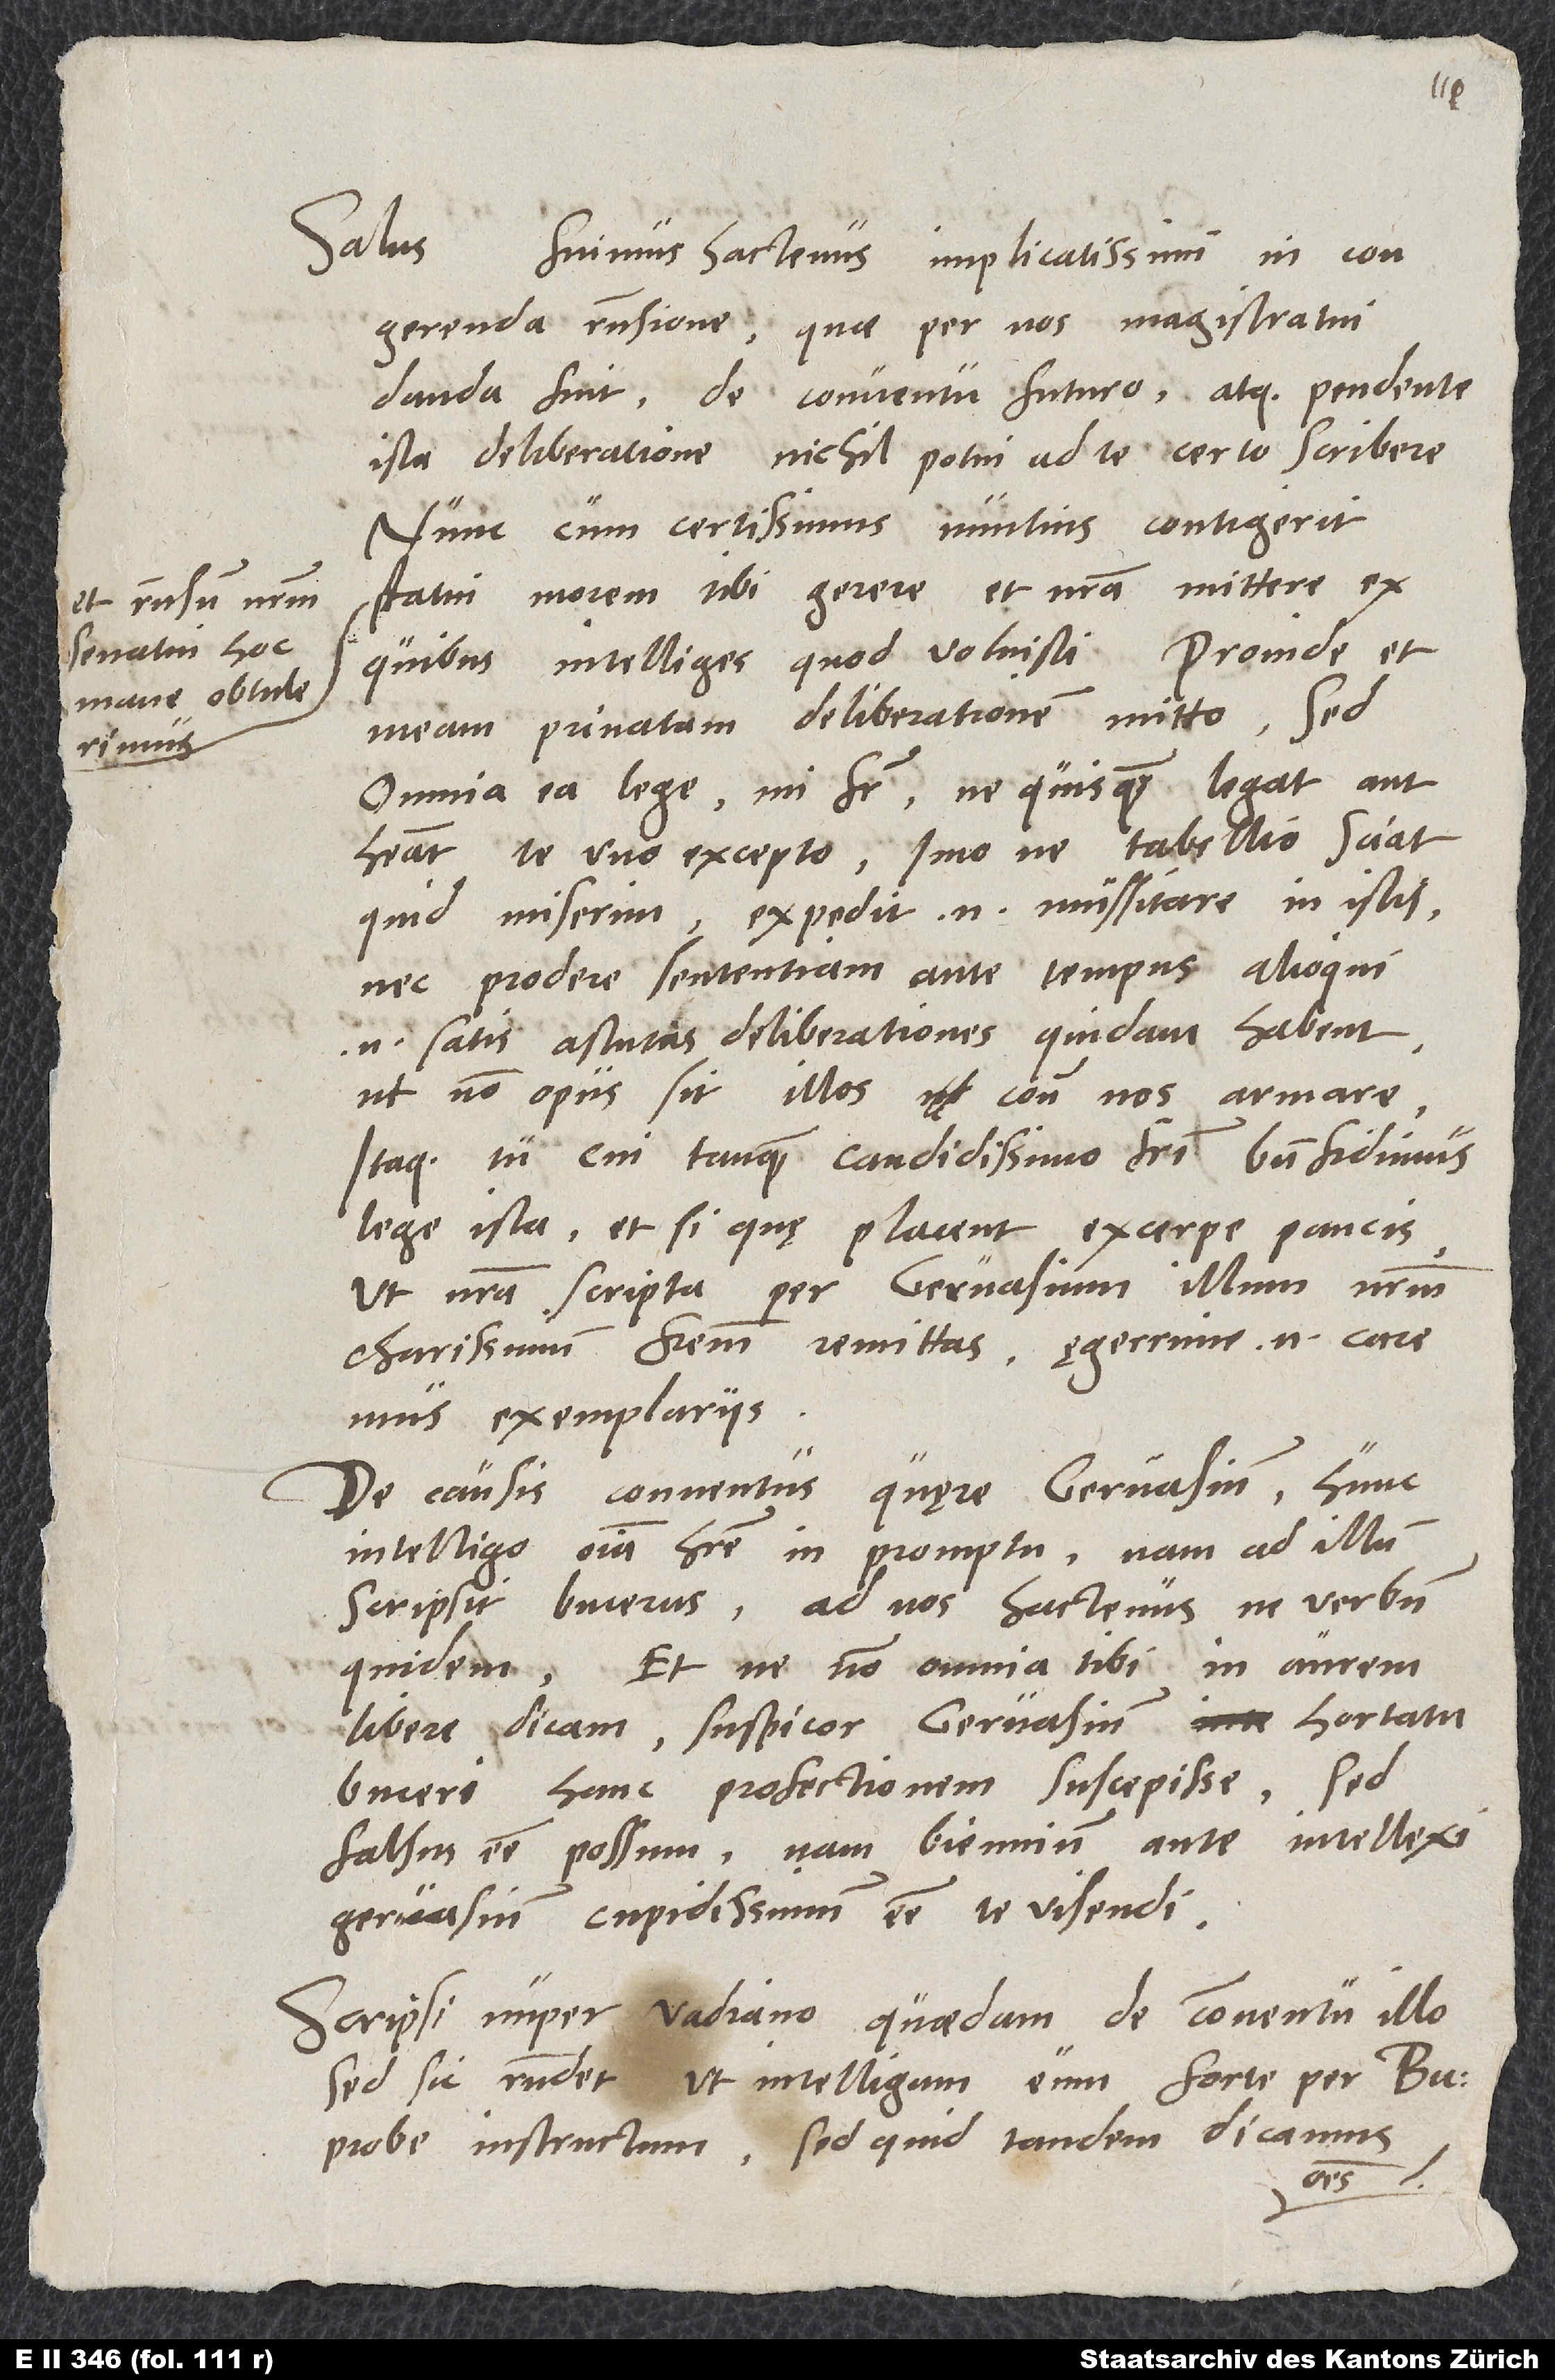
et responsum nostrum
senatui hoc
mane obtulerimus,

Salus.
Fuimus hactenus implicatissimi in congerenda
responsione, quae per nos magistratui
danda fuit de conventu futuro, atque pendente
ista deliberatione nichil potui ad te certo scribere.
Nunc, cum certissimus nuntius contigerit
statui morem tibi gerere et nostra mittere, ex
quibus intelliges, quod voluisti. Proinde et
meam privatam deliberationem mitto, sed
omnia ea lege, mi frater, ne quisquam legat aut
habeat te uno excepto, imo ne tabellio sciat,
quid miserim; expedit enim mussitare in istis
nec prodere sententiam ante tempus; alioqui
enim satis astutas deliberationes quidam habent,
ut non opus sit illos contra nos armare.
Itaque tu, cui tanquam candidissimo fratri bene fidimus,
lege ista et, si quę placent, excerpe paucis,
ut nostra scripta per Gervasium illum nostrum
charissimum fratrem remittas; ęgerrime enim caremus
exemplariis.
De causis conventus quęre Gervasium; hunc
intelligo omnia habere in promptu, nam ad illum
scripsit Bucerus, ad nos hactenus ne verbum
quidem. Et ne non omnia tibi in aurem
libere dicam, suspicor Gervasium hortatu
Buceri hanc profectionem suscepisse. Sed
falsus esse possum; nam biennium ante intellexi
Gervasium cupidissimum esse te visendi.
Scripsi nuper Vadiano quaedam de conventu illo;
sed sic respondet, ut intelligam eum forte per Bu
probe instructum. Sed quid tandem dicamus
omnes?

18.